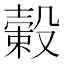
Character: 𣚯